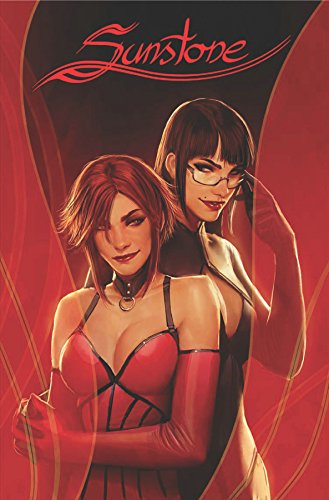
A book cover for Sunstone Volume 1 OGN; Stjepan Sejic; Comics & Graphic Novels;